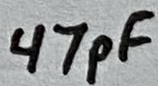
Text: 47pF